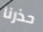
حذرنا